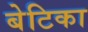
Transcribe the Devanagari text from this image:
बेटिका